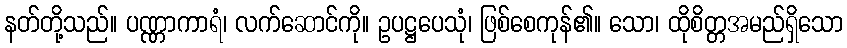
နတ်တို့သည်။ ပဏ္ဏာကာရံ၊ လက်ဆောင်ကို။ ဥပဋ္ဌပေသုံ၊ ဖြစ်စေကုန်၏။ သော၊ ထိုစိတ္တအမည်ရှိသော